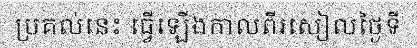
ប្រគល់នេះ ធ្វើឡើងកាលពីរសៀលថ្ងៃទី